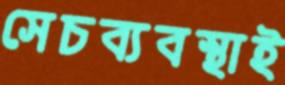
সেচব্যবস্থাই